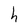
Character: h